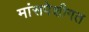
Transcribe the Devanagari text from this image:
मांसपेशीगत